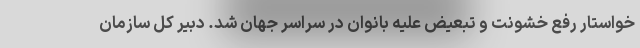
خواستار رفع خشونت و تبعیض علیه بانوان در سراسر جهان شد. دبیر کل سازمان